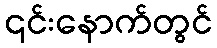
၎င်းနောက်တွင်